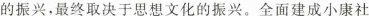
的振兴，最终取决于思想文化的振兴。全面建成小康社